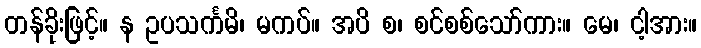
တန်ခိုးဖြင့်။ န ဥပသင်္ကမိ၊ မကပ်။ အပိ စ၊ စင်စစ်သော်ကား။ မေ၊ ငါ့အား။